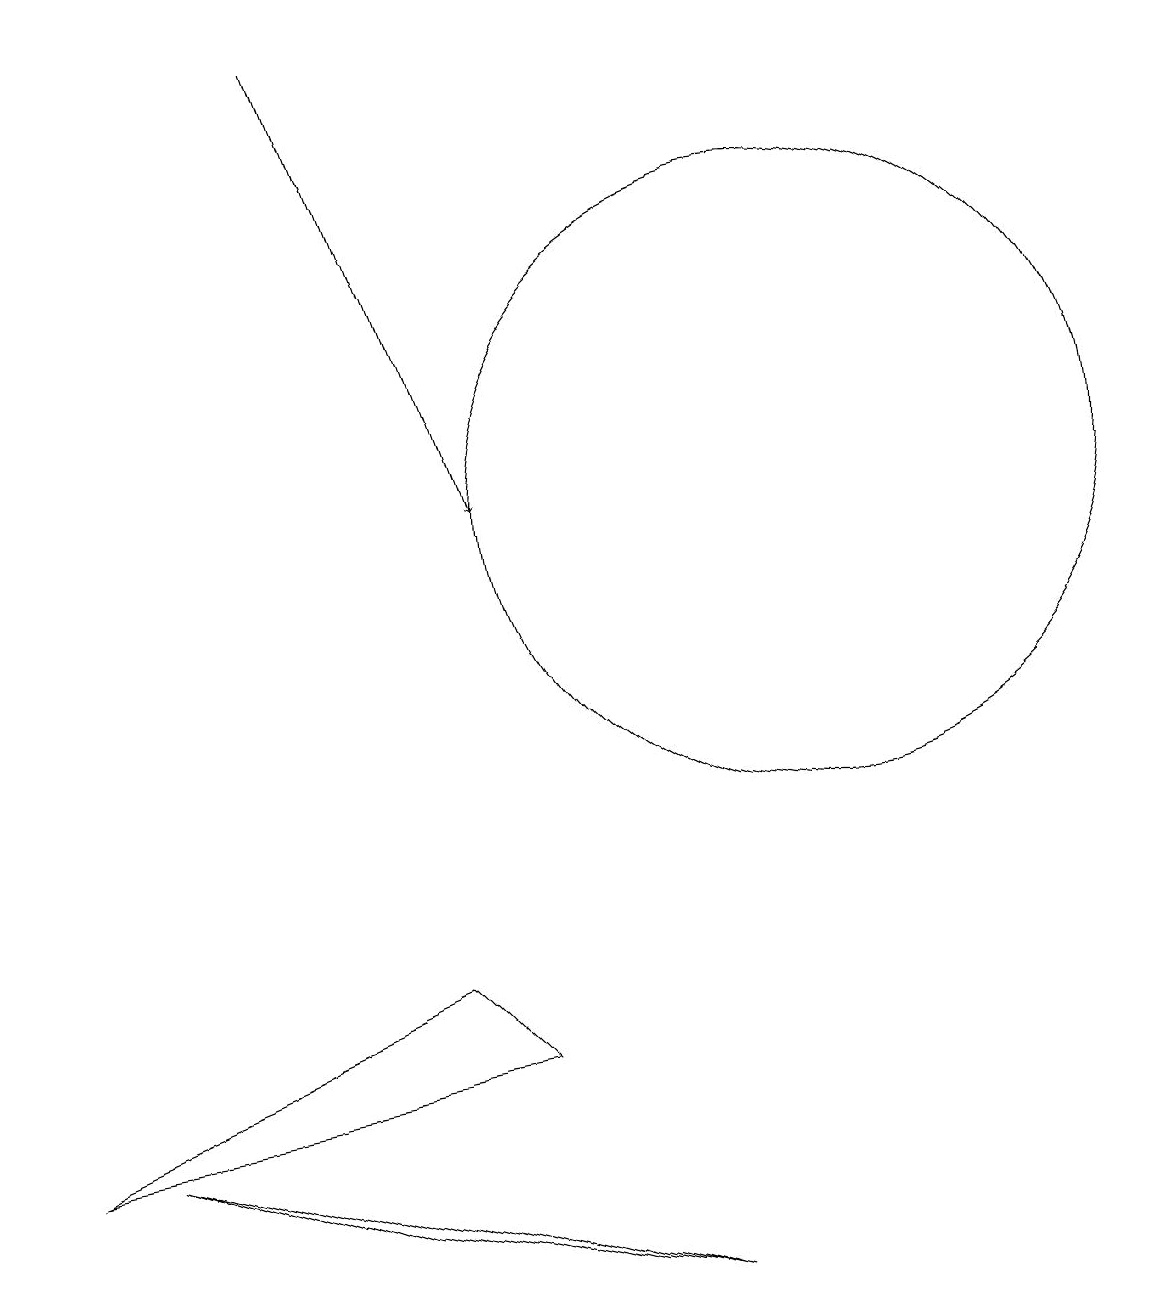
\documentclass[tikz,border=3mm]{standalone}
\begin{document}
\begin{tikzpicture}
\draw (6,5) -- (1,3) -- (7,4) -- cycle;
\draw (9,1) -- (2,3) -- (5,2) -- cycle;
\draw (11,11) circle (4);
\draw[->] (5,17) -- (7,11);
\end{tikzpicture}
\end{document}